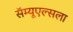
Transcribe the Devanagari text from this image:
सॅम्यूएल्सला